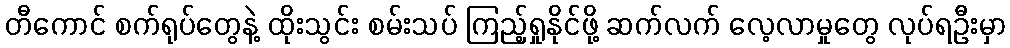
တီကောင် စက်ရုပ်တွေနဲ့ ထိုးသွင်း စမ်းသပ် ကြည့်ရှုနိုင်ဖို့ ဆက်လက် လေ့လာမှုတွေ လုပ်ရဦးမှာ